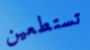
تستطعين